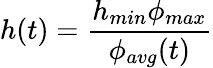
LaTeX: h(t)=\frac{h_{min}\phi_{max}}{\phi_{avg}(t)}